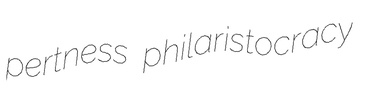
pertness philaristocracy